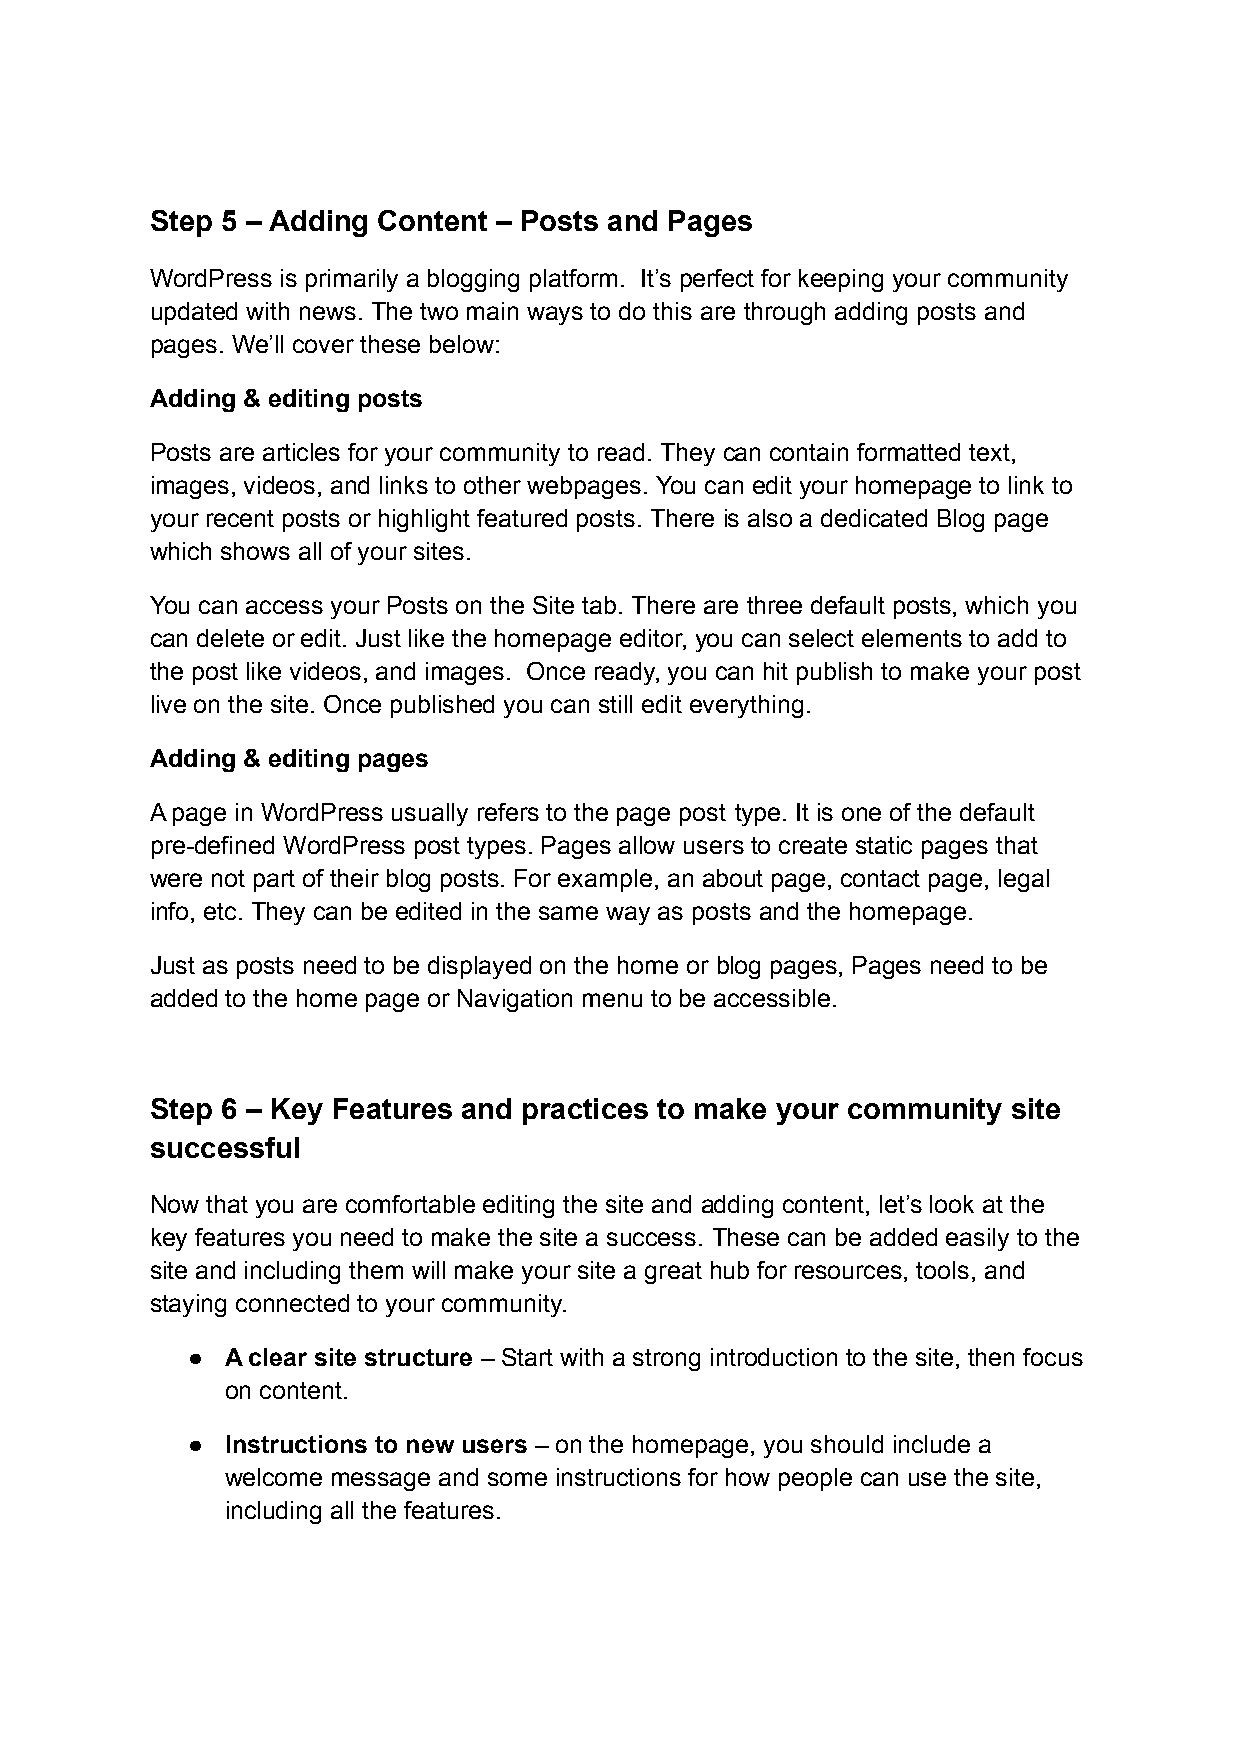
Step 5 – Adding Content – Posts and Pages
 WordPress is primarily a blogging platform. It’s perfect for keeping your community
 updated with news. The two main ways to do this are through adding posts and
 pages. We’ll cover these below:
 Adding & editing posts
 Posts are articles for your community to read. They can contain formatted text,
 images, videos, and links to other webpages. You can edit your homepage to link to
 your recent posts or highlight featured posts. There is also a dedicated Blog page
 which shows all of your sites.
 You can access your Posts on the Site tab. There are three default posts, which you
 can delete or edit. Just like the homepage editor, you can select elements to add to
 the post like videos, and images. Once ready, you can hit publish to make your post
 live on the site. Once published you can still edit everything.
 Adding & editing pages
 A page in WordPress usually refers to the page post type. It is one of the default
 pre-defined WordPress post types. Pages allow users to create static pages that
 were not part of their blog posts. For example, an about page, contact page, legal
 info, etc. They can be edited in the same way as posts and the homepage.
 Just as posts need to be displayed on the home or blog pages, Pages need to be
 added to the home page or Navigation menu to be accessible.
 Step 6 – Key Features and practices to make your community site
 successful
 Now that you are comfortable editing the site and adding content, let’s look at the
 key features you need to make the site a success. These can be added easily to the
 site and including them will make your site a great hub for resources, tools, and
 staying connected to your community.
 ●  A clear site structure – Start with a strong introduction to the site, then focus
 on content.
 ●  Instructions to new users – on the homepage, you should include a
 welcome message and some instructions for how people can use the site,
 including all the features.